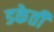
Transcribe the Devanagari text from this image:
डकेती